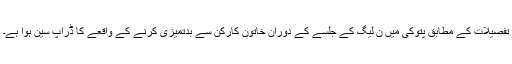
تفصیلات کے مطابق پتوکی میں ن لیگ کے جلسے کے دوران خاتون کارکن سے بدتمیزی کرنے کے واقعے کا ڈراپ سین ہوا ہے۔